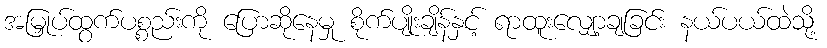
အမြှုပ်ထွက်ပစ္စည်းကို ပြောဆိုနေမှု စိုက်ပျိုးချိန်နှင့် ရာထူးလျှော့ချခြင်း နယ်ပယ်ထဲသို့